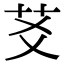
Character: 䒝